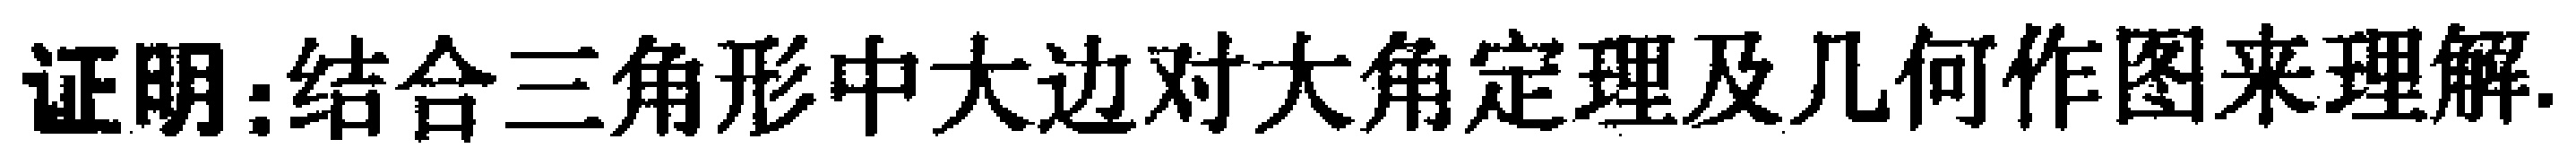
证明：结合三角形中大边对大角定理及几何作图来理解.